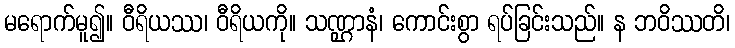
မရောက်မူ၍။ ဝီရိယဿ၊ ဝီရိယကို။ သဏ္ဌာနံ၊ ကောင်းစွာ ရပ်ခြင်းသည်။ န ဘဝိဿတိ၊